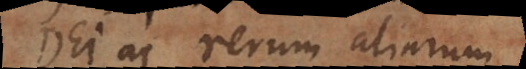
Dei ac rerum aliarum